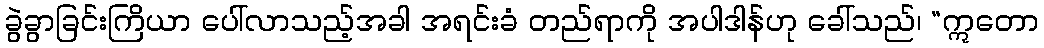
ခွဲခွာခြင်းကြိယာ ပေါ်လာသည့်အခါ အရင်းခံ တည်ရာကို အပါဒါန်ဟု ခေါ်သည်၊ “ဣတော